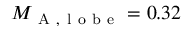
M _ { \mathrm { ~ A ~ , ~ l ~ o ~ b ~ e ~ } } = 0 . 3 2